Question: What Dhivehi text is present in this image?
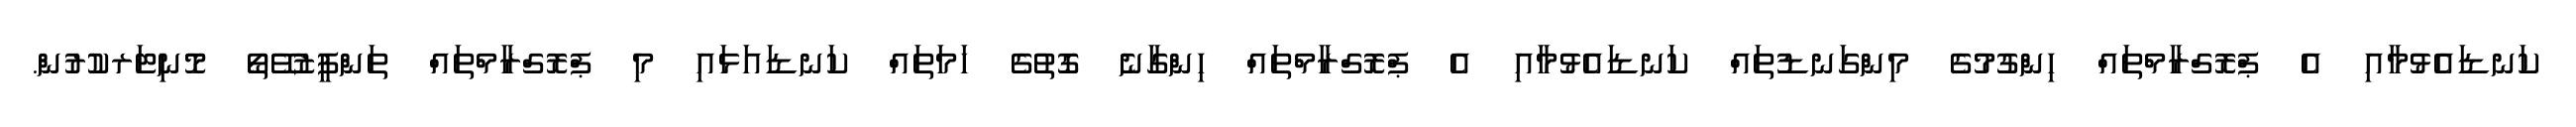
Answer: ކަނޑައެޅުމާއި އެ ޕްރޮގްރާމްތައް ހިންގުމުގެ މިންގަނޑުތައް ކަނޑައެޅުމާއި އެ ޕްރޮގްރާމްތައް ހިންގާނެ ގޮތުގެ ހަމަތައް ކަނޑައަޅައި މި ޕްރޮގްރާމްތައް ތަންފީޒުވޭތޯ މޮނިޓަރކުރުން.